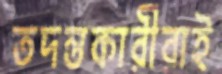
তদন্তকারীরাই